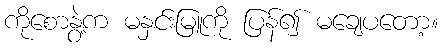
ကိုစောနွဲ့က မနှင်းမြူကို ပြန်၍ မချေပတော့။